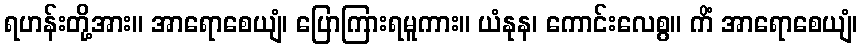
ရဟန်းတို့အား။ အာရောစေယျံ၊ ပြောကြားရမူကား။ ယံနုန၊ ကောင်းလေစွ။ ကိံ အာရောစေယျံ၊